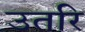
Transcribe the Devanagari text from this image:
उतरि